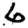
Digit: 6